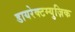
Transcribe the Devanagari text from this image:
डायरेक्टम्युज़िक